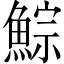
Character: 鯮